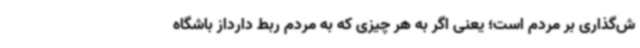
ش‌گذاری بر مردم است؛ یعنی اگر به هر چیزی که به مردم ربط دارداز باشگاه